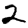
Digit: 2